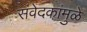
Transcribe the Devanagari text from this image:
संवेदकांमुळे